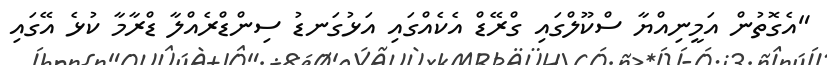
"އެގޮތުން އަމީނިއްޔާ ސްކޫލްގައި ގްރޭޑް އެކެއްގައި އަޅުގަނޑު ސިންޑްރެއްލާ ޑްރާމާ ކުޅެ އޭގައި